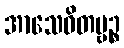
အာသေဝိတဗ္ဗဉ္စ